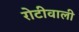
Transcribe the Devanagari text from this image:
रोटीवाली